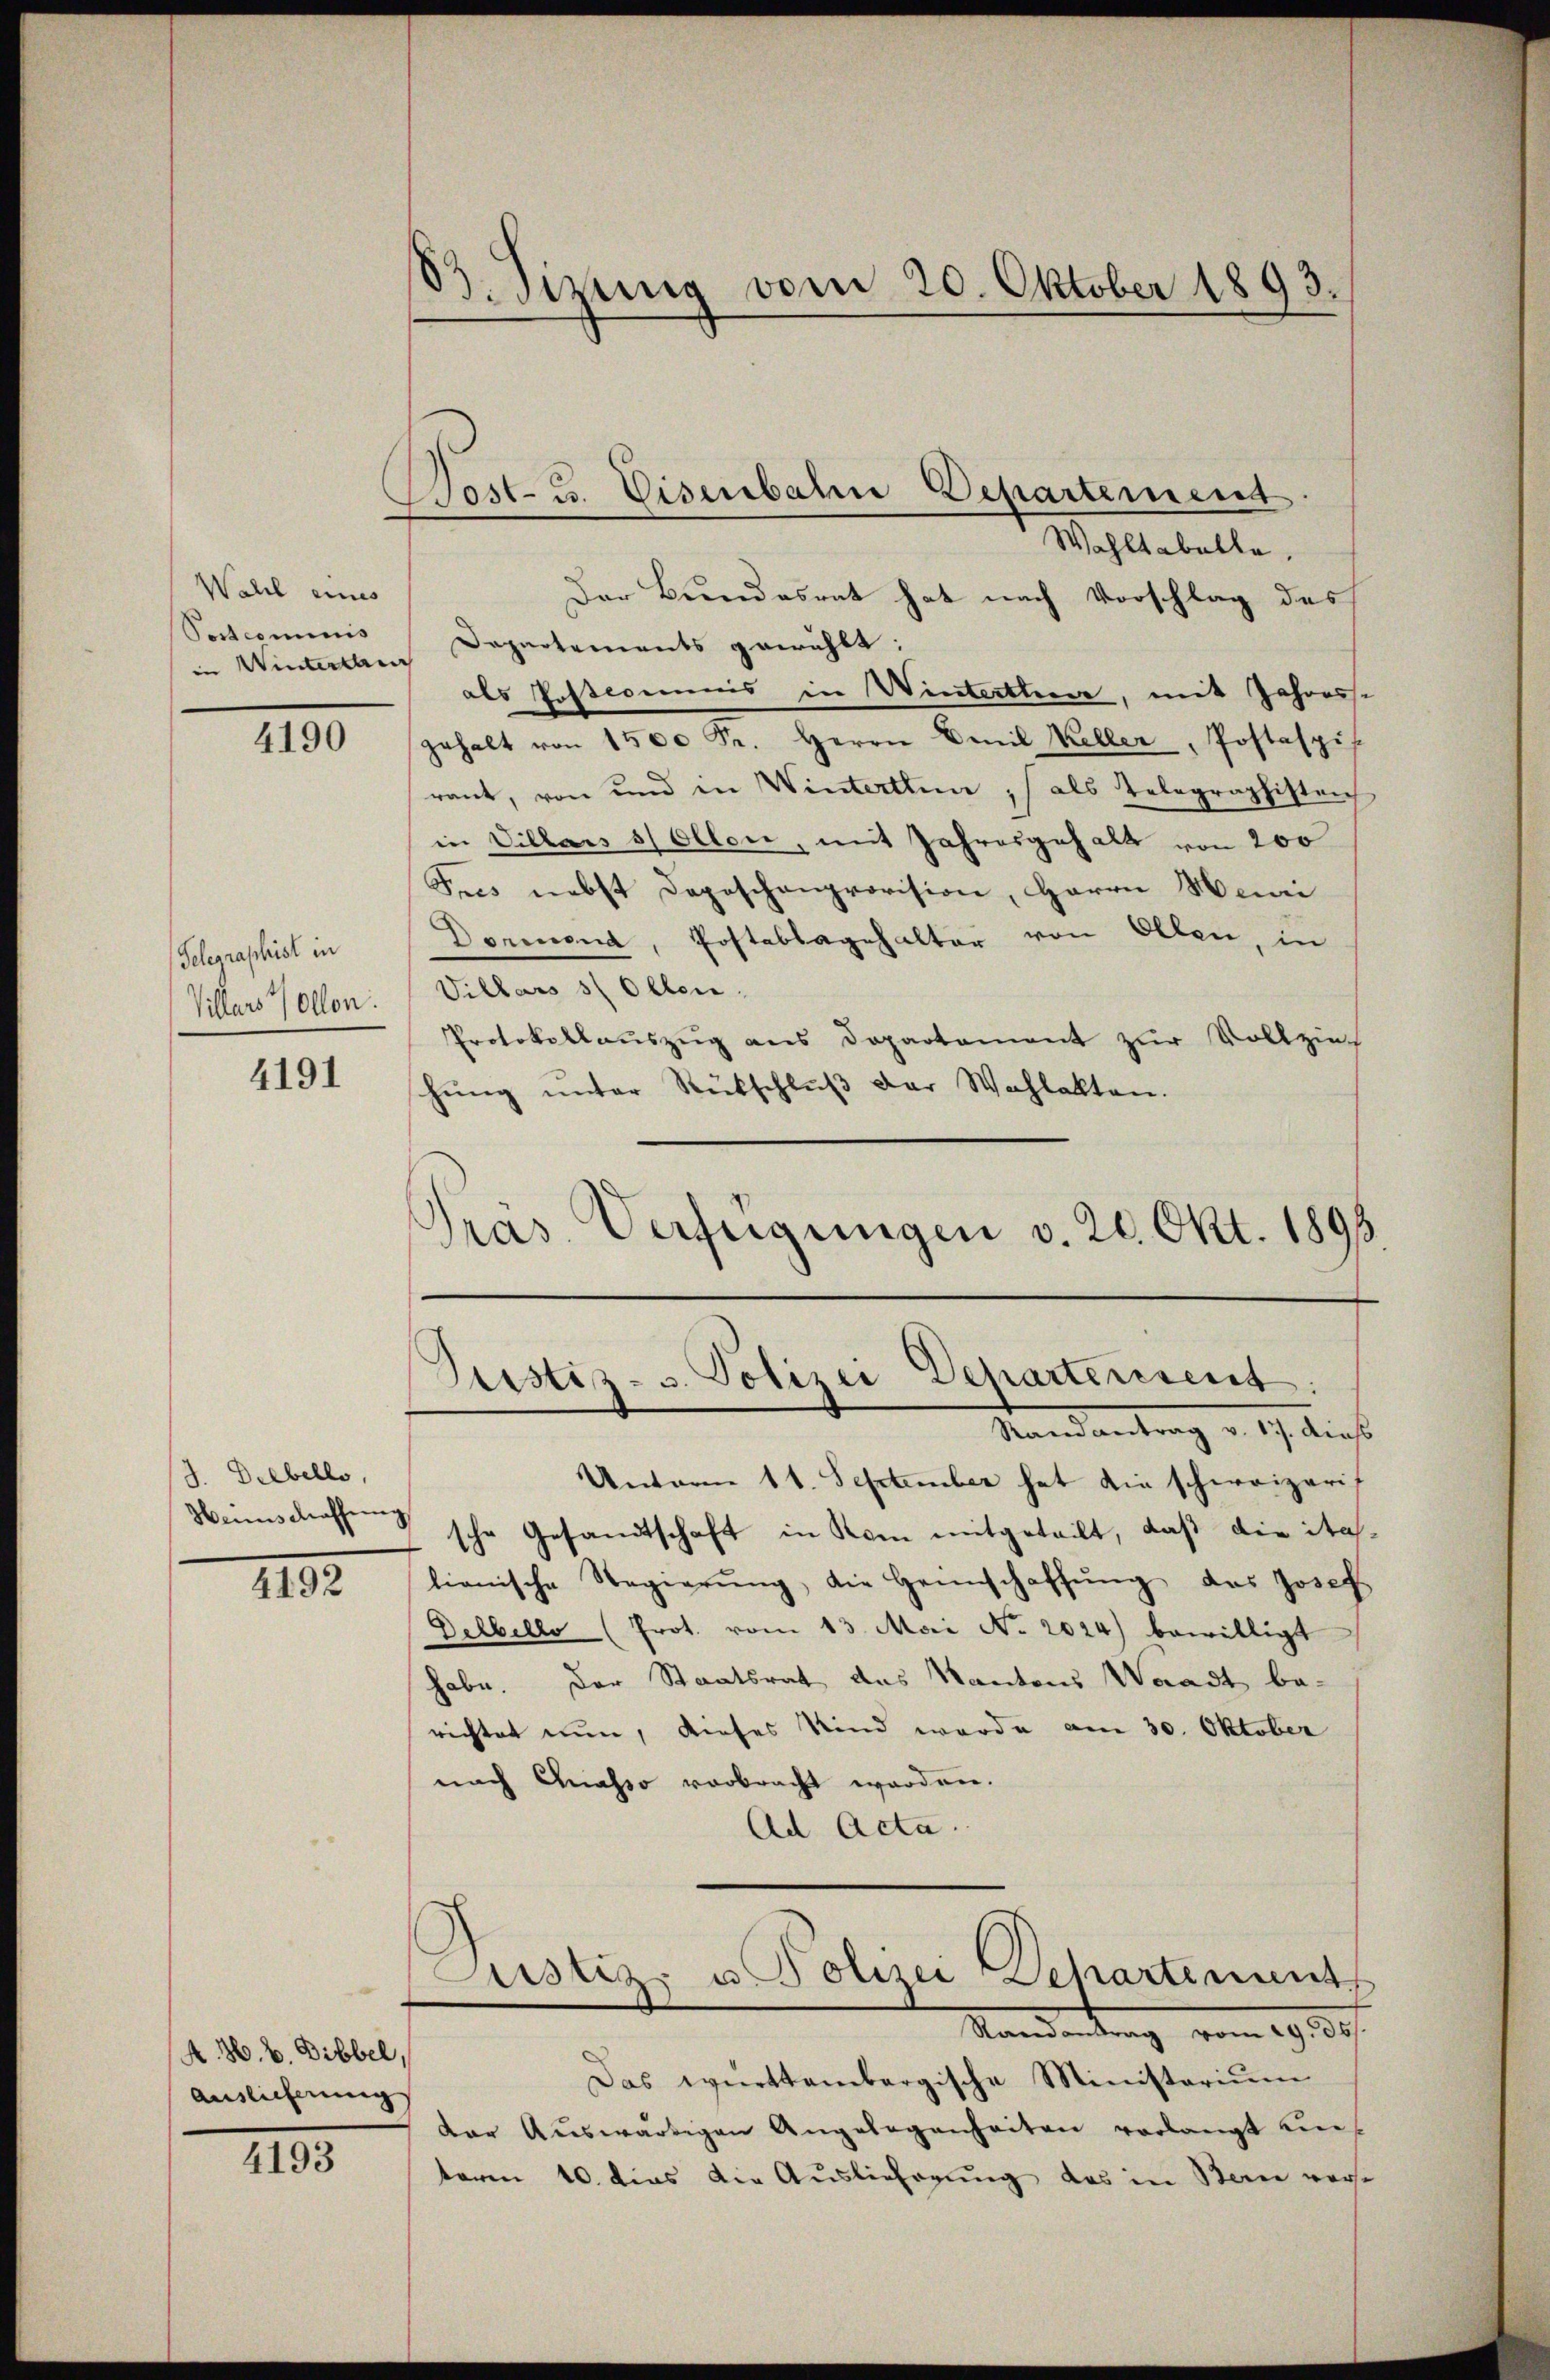
Wahl eines
Postcommis
in Winterlau

4190

Gelegraphist in
Villars vollen.

4191

J. Diebello,
Hennschaffung

4192

A. H. V. Dibbel,
Auslieferung

4193

83. Sizung vom 20. Oktober 1893.

Wost- u. Eisenbahne Departement

Wohltabelle.
Der Bundesrat hat nach Vorschlag des
Departements gewählt:
als Posteimnis in Winterthur, mit Jahresse
gehalt von 1500 Fr. Herrn Emil Keller, Postaspis
rant, von und in Winterthun, als Telegraphisten
in Villars sollen, mit Jahresgehalt von 200
Fres nebst Depeschenprovision, Herrn Meuri
Dornend, Postablagehalter von Ellen, in
Villars sollen,
Protokollauszug aus Departement zur Vollzieh
hŭng ŭnter Rückschlŭβ der Wahlakten.
Pras Verfügungen v. 20. Okt. 1893.

Justiz- u. Polizei Departerrent.

Randantrag v. 17. dies
Unterm 11. September hat die schweizeris
sche Gesandtschaft in Rom mitgeteilt, daß die ita-
lienische Regierŭng, die Heimschaffŭng das Josef
Delbello (Prot. vom 13. Mai No 2024) bewilligt
habe. Der Staatsrat das Kantons Waadt be-
richtet nun, dieses Kind werde am 30. Oktober
nach Quasso verbracht worden.
Ad Acta.
Justiz- u Polizei Departement.
Mandantung vom 29. 30.
Das württembergische Ministerium
dar Aŭswärtigen Angelegenheiten verlangt un-
toren 10. dies die Auslieferung das in Bern ver¬